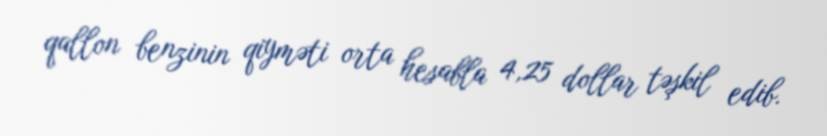
qallon benzinin qiyməti orta hesabla 4,25 dollar təşkil edib.